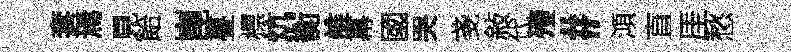
套焉見飴崑亹標炕衡誰幕國哭戔敍代殪#澒直厓愁